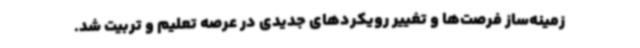
زمینه‌ساز فرصت‌ها و تغییر رویکردهای جدیدی در عرصه تعلیم و تربیت شد.